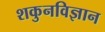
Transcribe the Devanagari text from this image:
शकुनविज्ञान